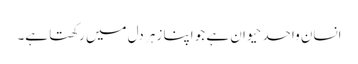
انسان واحد حیوان ہے جو اپنا زہر دل میں رکھتا ہے۔